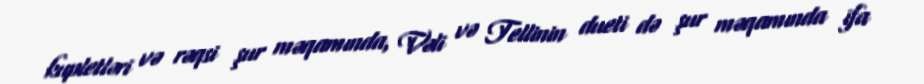
kupletləri və rəqsi şur məqamında, Vəli və Tellinin dueti də şur məqamında ifa